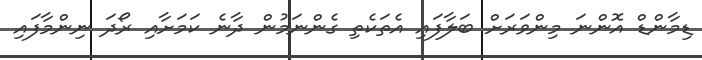
ޑިމާންޑް އޮންނަ މިންވަރަށް ބަލާފައި އެތަކެތި ގެންނަމުން ދާނެ ކަމަށާއި ރޯދަ ނިންމާފައި